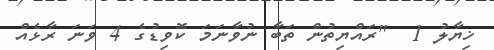
ޚިޔާލު 1  "ރައްޔިތުން ތަބާ ނުވާނަމަ ކޮވިޑުގެ 4 ވަނަ ރާޅެއް